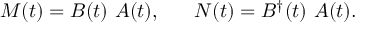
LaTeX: M ( t ) = B ( t ) ~ A ( t ) , ~ ~ ~ ~ ~ N ( t ) = B ^ { \dag } ( t ) ~ A ( t ) .